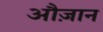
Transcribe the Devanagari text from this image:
औज़ान